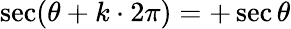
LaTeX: \sec(\theta+k\cdot 2\pi)=+\sec\theta